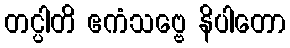
တင္ပါတိ ဧကံသဗ္ဗေ နိပါတော